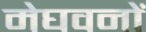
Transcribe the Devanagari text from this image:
मेघवनों